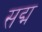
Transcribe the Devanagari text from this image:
सद्म